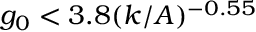
g _ { 0 } < 3 . 8 ( k / A ) ^ { - 0 . 5 5 }